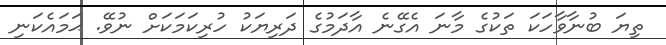
ތިޔަ ބުނާވާހަކަ ތަކުގެ މާނަ އެގޭނެ އާދަމުގެ ދަރިޔަކު ހުރިކަމަކަށް ނުވޭ. ޙަމައެކަނި